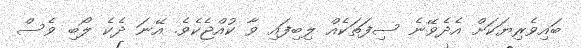
ބައިވެރިޔަކަށް އެދެވޭނެ ސިފަތަކެއް ލިބިފައި ވާ ކުއްޖެކެވެ. އޭނަ ދެކެ ލޯބި ވެސް